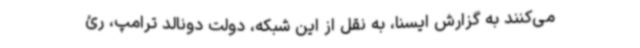
می‌کنند به گزارش ایسنا، به نقل از این شبکه، دولت دونالد ترامپ، رئ